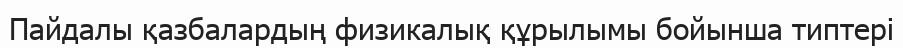
Пайдалы қазбалардың физикалық құрылымы бойынша типтері